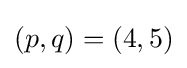
(p,q)=(4,5)